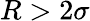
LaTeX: R>2\sigma